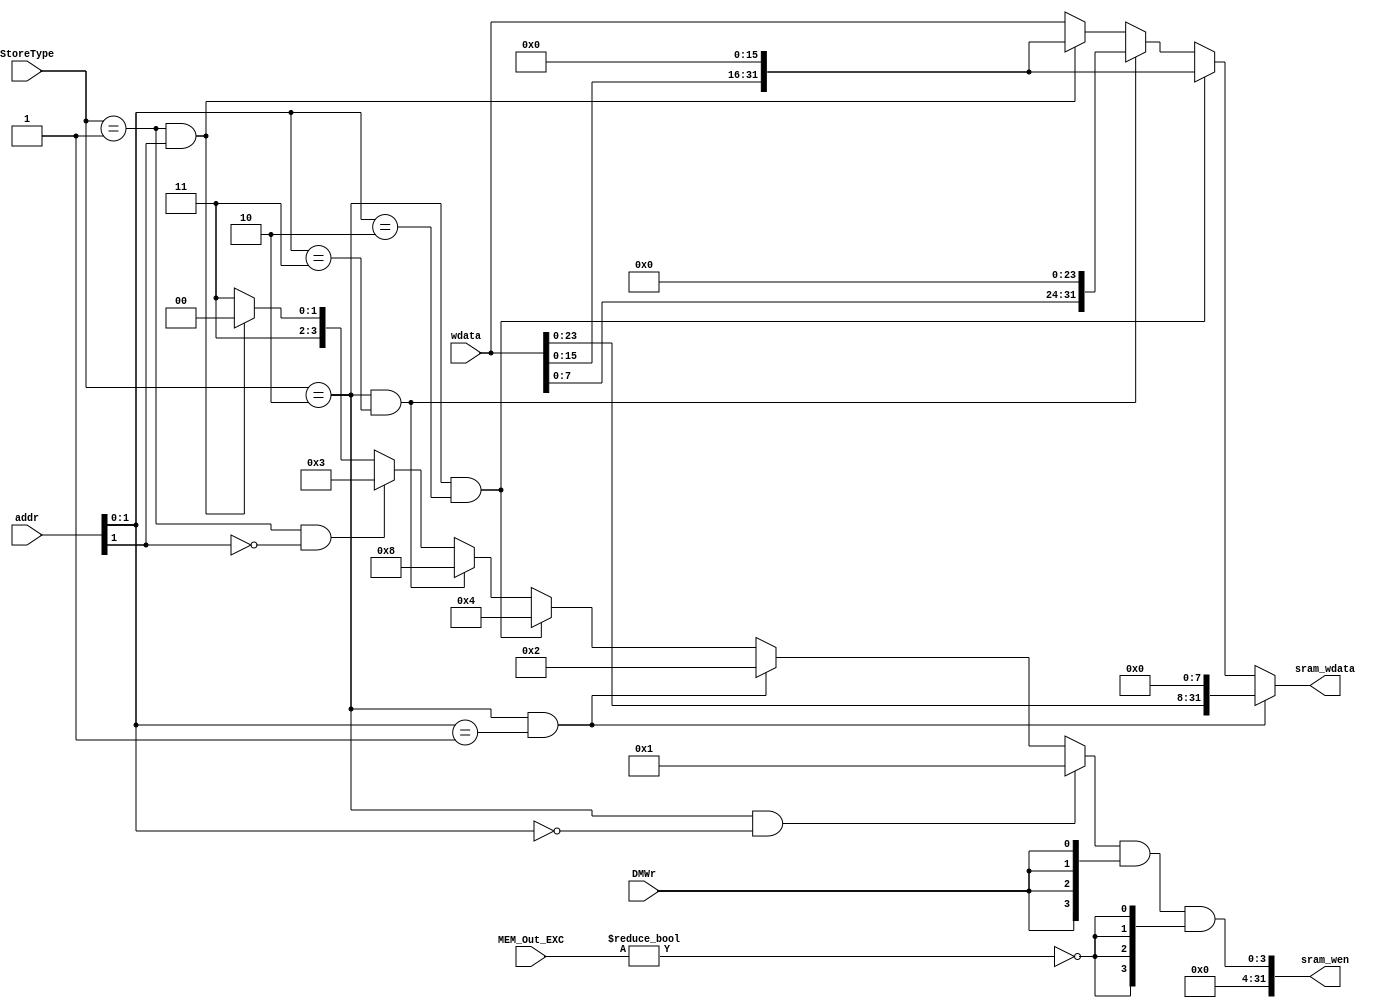
module store_unit(
    input [1:0] StoreType,
    input [31:0] addr,
    input DMWr,
    input [6:0]MEM_Out_EXC,
    input [31:0] wdata,
    output [31:0] sram_wen,
    output [31:0] sram_wdata
);
    wire [3:0]wen;
    wire cancel = (MEM_Out_EXC != 7'b0);
    assign wen =    (StoreType == 2 && addr[1:0] == 2'b00) ? {4'b0001}:
                    (StoreType == 2 && addr[1:0] == 2'b01) ? {4'b0010}:
                    (StoreType == 2 && addr[1:0] == 2'b10) ? {4'b0100}:
                    (StoreType == 2 && addr[1:0] == 2'b11) ? {4'b1000}:
                    (StoreType == 1 && addr[1] == 1'b0) ? {4'b0011}:
                    (StoreType == 1 && addr[1] == 1'b1) ? {4'b1100}:
                    {4'b1111};
    assign sram_wen = wen & {4{DMWr}} & {4{!cancel}};

    assign sram_wdata =     (StoreType == 2 && addr[1:0] == 2'b01) ? wdata << 8:
                            (StoreType == 2 && addr[1:0] == 2'b10) ? wdata << 16:
                            (StoreType == 2 && addr[1:0] == 2'b11) ? wdata << 24:
                            (StoreType == 1 && addr[1] == 1'b1) ? wdata << 16:
                            wdata;



endmodule